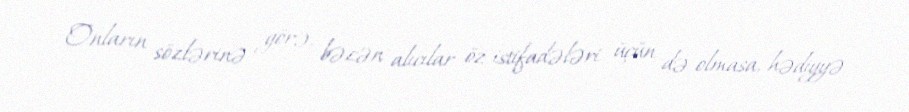
Onların sözlərinə görə, bəzən alıcılar öz istifadələri üçün də olmasa, hədiyyə